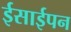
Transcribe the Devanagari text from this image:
ईसाईपन